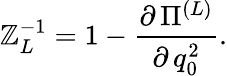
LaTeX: \mathbb{Z}_{L}^{-1}=1-\frac{{\partial\, \Pi^{(L)}}}{{\partial\, q_{0}^{2}}}.